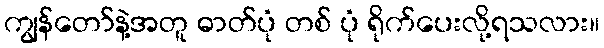
ကျွန်တော်နဲ့အတူ ဓာတ်ပုံ တစ် ပုံ ရိုက်ပေးလို့ရသလား။